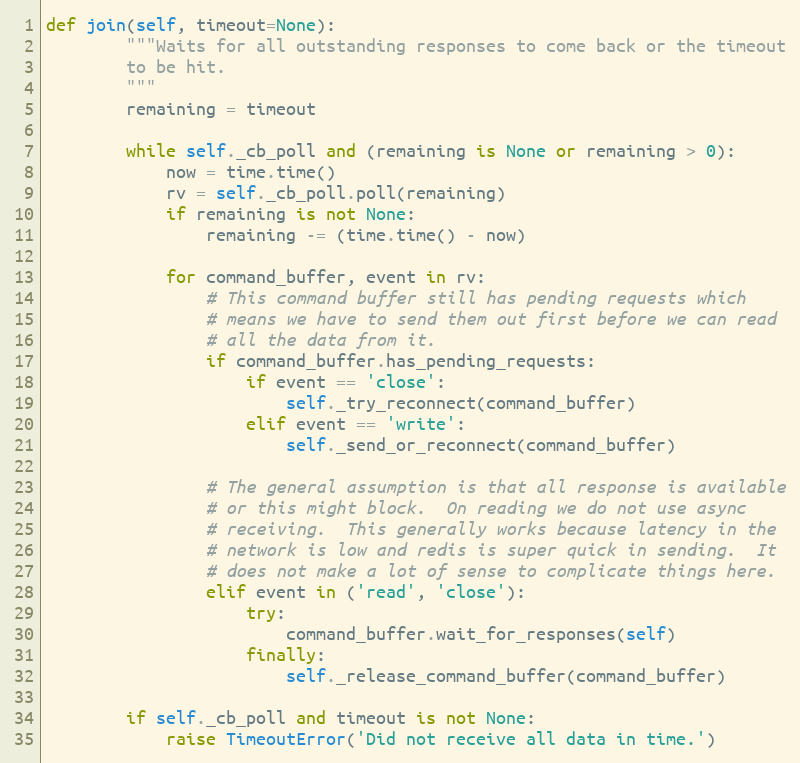
Language: Python
def join(self, timeout=None):
        """Waits for all outstanding responses to come back or the timeout
        to be hit.
        """
        remaining = timeout

        while self._cb_poll and (remaining is None or remaining > 0):
            now = time.time()
            rv = self._cb_poll.poll(remaining)
            if remaining is not None:
                remaining -= (time.time() - now)

            for command_buffer, event in rv:
                # This command buffer still has pending requests which
                # means we have to send them out first before we can read
                # all the data from it.
                if command_buffer.has_pending_requests:
                    if event == 'close':
                        self._try_reconnect(command_buffer)
                    elif event == 'write':
                        self._send_or_reconnect(command_buffer)

                # The general assumption is that all response is available
                # or this might block.  On reading we do not use async
                # receiving.  This generally works because latency in the
                # network is low and redis is super quick in sending.  It
                # does not make a lot of sense to complicate things here.
                elif event in ('read', 'close'):
                    try:
                        command_buffer.wait_for_responses(self)
                    finally:
                        self._release_command_buffer(command_buffer)

        if self._cb_poll and timeout is not None:
            raise TimeoutError('Did not receive all data in time.')